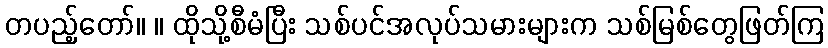
တပည့်တော်။ ။ ထိုသို့စီမံပြီး သစ်ပင်အလုပ်သမားများက သစ်မြစ်တွေဖြတ်ကြ